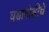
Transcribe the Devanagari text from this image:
घडामोडीचे